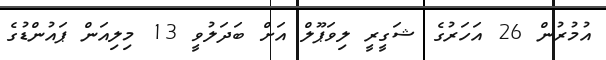
އުމުރުން 26 އަހަރުގެ ޝަގީރީ ލިވަޕޫލް އަށް ބަދަލުވީ 13 މިލިއަން ޕައުންޑުގެ